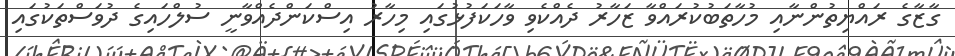
ގާޒާގެ ރައްޔިތުންނާއި މުހާތަބުކުރައްވާ ޒަހާރު ދެެއްކެވި ވާހަކަފުޅުގައި މިހާރު އިސްކަންދެއްވާނީ ސުލްހައިގެ ދުވަސްތަކުގައި